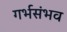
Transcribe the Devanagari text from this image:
गर्भसंभव